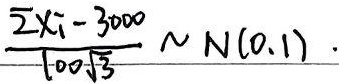
\frac{\sum_{i = 1}^{n}x_{i}-3000}{100\sqrt{3}}\sim N(0,1)